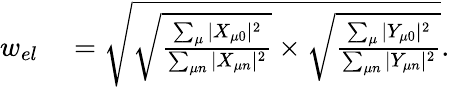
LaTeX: \begin{array}{rl}{w_{el}}&{{}=\sqrt{\sqrt{\frac{\sum_{\mu}|X_{\mu 0}|^{2}}{\sum_{\mu n}|X_{\mu n}|^{2}}}\times\sqrt{\frac{\sum_{\mu}|Y_{\mu 0}|^{2}}{\sum_{\mu n}|Y_{\mu n}|^{2}}}}.}\end{array}